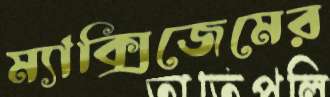
ম্যাক্সিজেমের